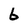
Character: 6